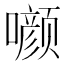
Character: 𰉁